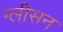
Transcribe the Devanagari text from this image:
ग्‍लीसन